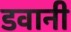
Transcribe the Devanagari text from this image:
डवानी